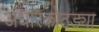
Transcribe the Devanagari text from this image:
अंधारकोठड्या